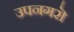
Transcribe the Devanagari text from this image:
उपनगरॊ